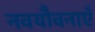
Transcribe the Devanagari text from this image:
नवयौवनाएँ